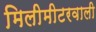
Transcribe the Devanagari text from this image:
मिलीमीटरवाली